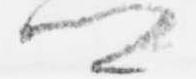
卿